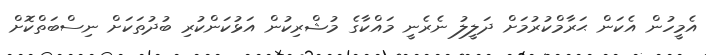
އެމީހުން އެކަން ޙަރާމްކުރުމަށް ދަލީލު ނެރެނީ މައްކާގެ މުޝްރިކުން އަޅުކަންކުރި ބުދުތަކަށް ނިސްބަތްކޮށް